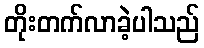
တိုးတက်လာခဲ့ပါသည်